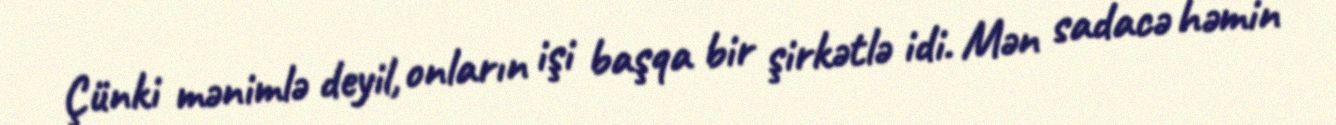
Çünki mənimlə deyil, onların işi başqa bir şirkətlə idi. Mən sadacə həmin